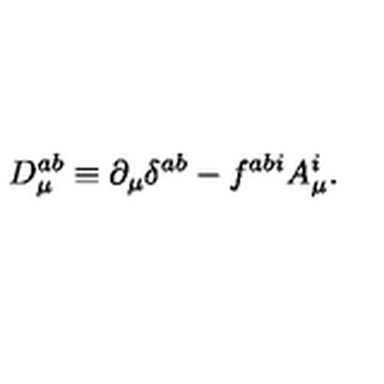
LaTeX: D _ { \mu } ^ { a b } \equiv \partial _ { \mu } \delta ^ { a b } - f ^ { a b i } A _ { \mu } ^ { i } .